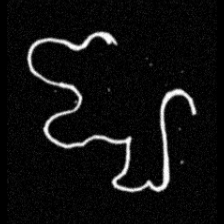
Pyu character \u2014 Myanmar letter: ဈ (romanized: jha)